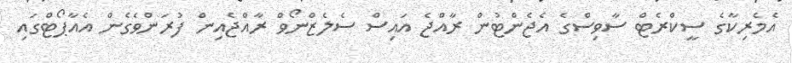
އެމެރިކާގެ ސީކްރެޓް ސާވިސްގެ އެޖެންޓުން ރާއްޖެ އައިސް ސެލެޒްނޯވް ރާއްޖެއިން ފުރަންވެގެން އެއާޕޯޓްގައި